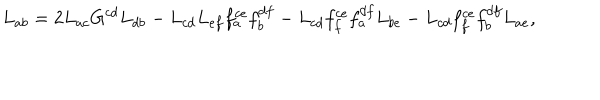
L _ { a b } = 2 L _ { a c } G ^ { c d } L _ { d b } - L _ { c d } L _ { e f } f _ { a } ^ { c e } f _ { b } ^ { d f } - L _ { c d } f _ { f } ^ { c e } f _ { a } ^ { d f } L _ { b e } - L _ { c d } f _ { f } ^ { c e } f _ { b } ^ { d f } L _ { a e } ,